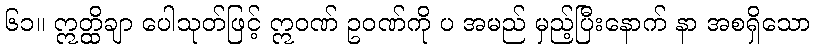
၆၁။ ဣတ္ထိချာ ပေါသုတ်ဖြင့် ဣဝဏ် ဥဝဏ်ကို ပ အမည် မှည့်ပြီးနောက် နာ အစရှိသော